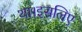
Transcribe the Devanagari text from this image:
था।इसलिए